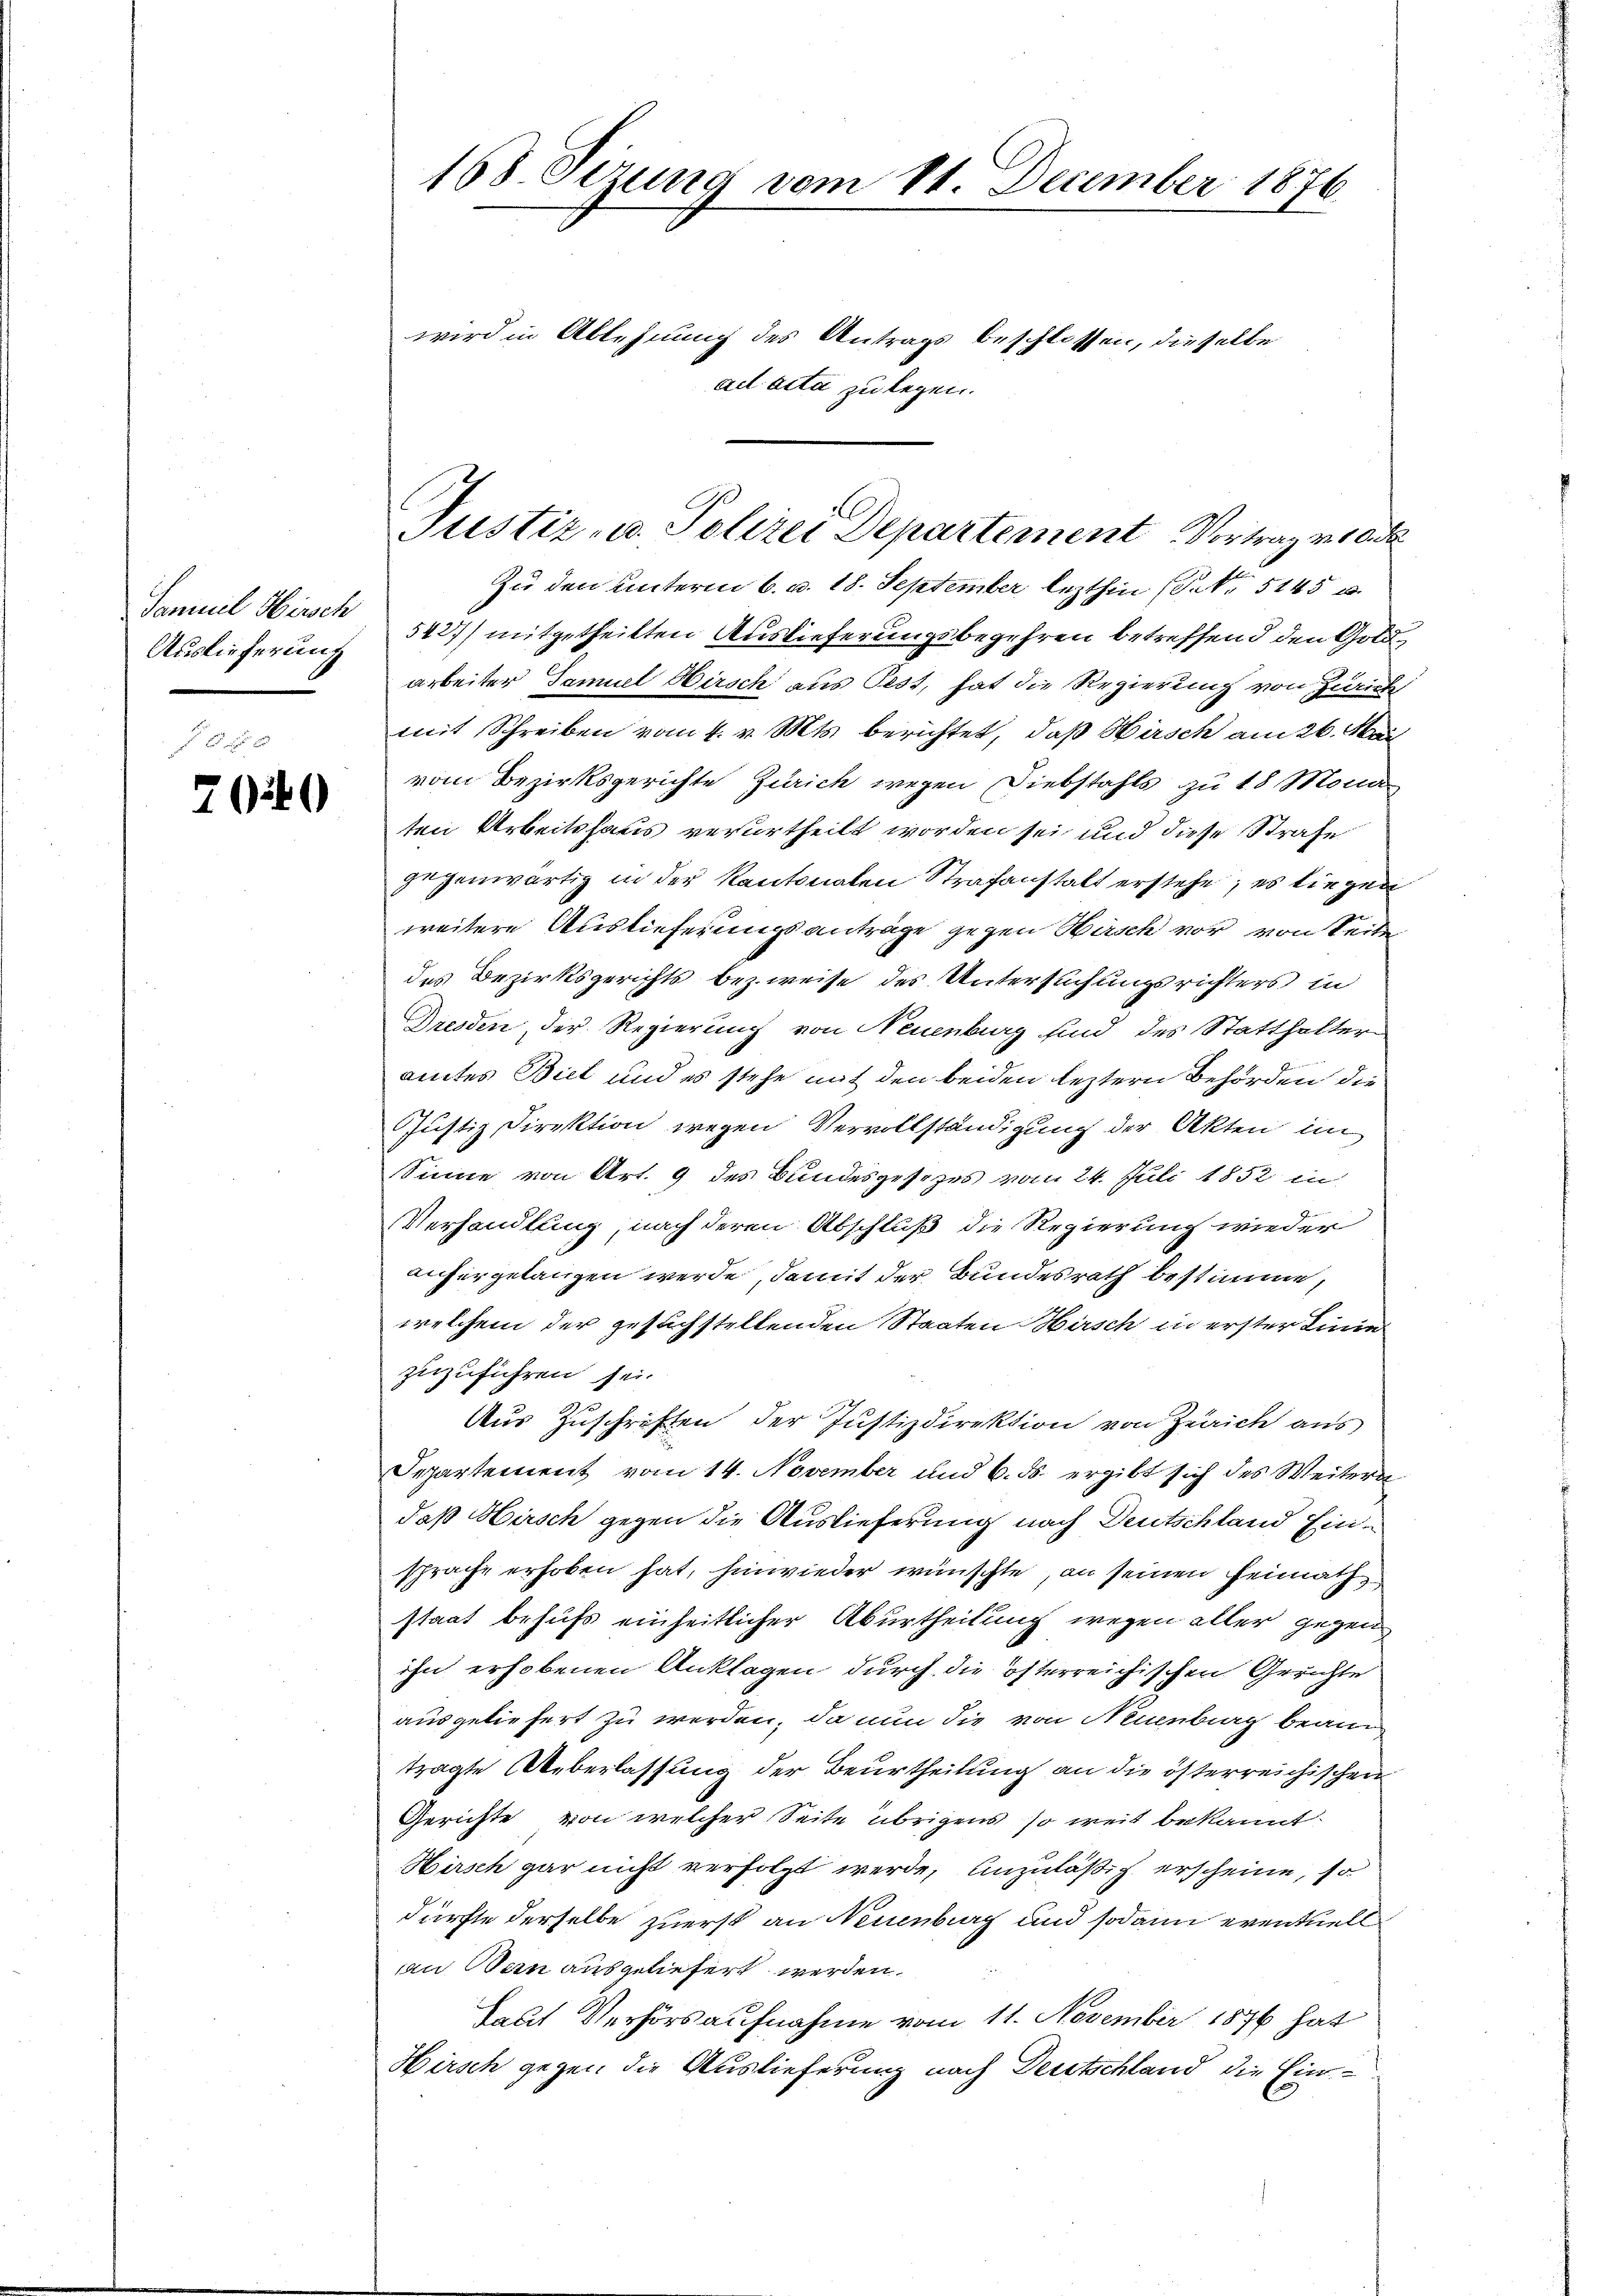
Samuel Hirsch
Auslieferung

700

168. Sizung vom 11. December 1876
wird in Ablehnung des Antrags beschlossen, dieselbe
ad acta zu legen.

Zu den unterm 6. d. 18. September lezthin (S. 5145 u
542) mitgetheilten Auslieferungsbegehren betreffend den Gold
arbeiter Samuel Hirsch aus Pest, hat die Regierung von Zürich
mit Schreiben vom 4. v. Mts. berichtet, daß Hirsch am 26. Mai
vom Bezirksgerichte Zürich wegen Diebstahls zu 18 Mona
ten Arbeitshaus verurtheilt worden sei und diese Strafe
gegenwärtig in der Kantonalen Strafanstalt erstehe; es liegen
weitere Auslieferungsanträge gegen Hirsch vor von Seite
des Bezirksgerichts bezweise des Untersuchungsrichters in
Dresden der Regierung von Neuenburg sind des Statthalter
amtes Biel und es stehe mit den beiden leztern Behörden die
Justiz Direktion wegen Vervollständigung der Akten im
Sinne von Art. 9 des Bundesgesezes vom 24. Juli 1852 in
Verhandlung, nach deren Abschluß die Regierung wieder
anhergelangen werde, damit der Bundesrath bestimme,
welchem der gesuchstellenden Staaten Hirsch in erster Linie
zuzuführen sei.
Aus Zuschriften der Justizdirektion von Zürich aus
Separtement vom 14. November und 6. ds. ergibt sich des Weitern
daß Hirsch gegen die Auslieferung nach Deutschland Einsprache erhoben hat, hinwieder wünschte, an seinen Heimathstaat behufs einheitlicher Aburtheilung wegen aller gegen
ihn erhobenen Anklagen durch die österreichischen Gerichte
ausgeliefert zu werden, da nun die von Neuenburg bean
tragte Ueberlassung der Beurtheilung an die österreichischen
Gerichte von welcher Seite übrigens, so weit bekannt
Würsch gar nicht verfolgt werde, unzuläßig erscheine, so
dürfte derselbe zuerst an Neuenburg und sodann eventuell
an Bern ausgeliefert werden.
Haut Verhörsaufnahme vom 11. November 1876 hat
Hirsch gegen die Auslieferung nach Deutschland die Ein¬

Justiz- u. Polizei Departement Vortrag vor